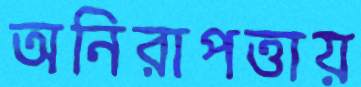
অনিরাপত্তায়